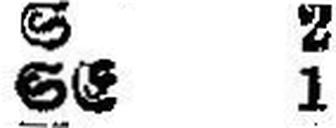
SE 1